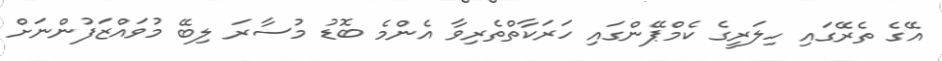
އޭގެ ތެރޭގައި ހިލަރީގެ ކެމްޕޭންގައި ހަރަކާތްތެރިވާ އެންމެ ބޮޑު މުސާރަ ލިބޭ މުވައްޒަފުންނަށް